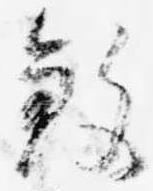
殺